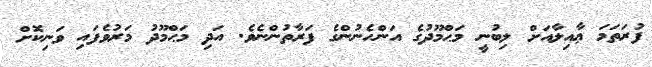
ފުރަތަމަ ޢާއިލާއަށް ލިބުނީ މަޙްމޫދުގެ އަންހެނުންގެ ފަރާތުންނެވެ. އަދި މަޙްމޫދު މަރުވެެފައި ވަނިކޮށް